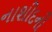
નાશીદની